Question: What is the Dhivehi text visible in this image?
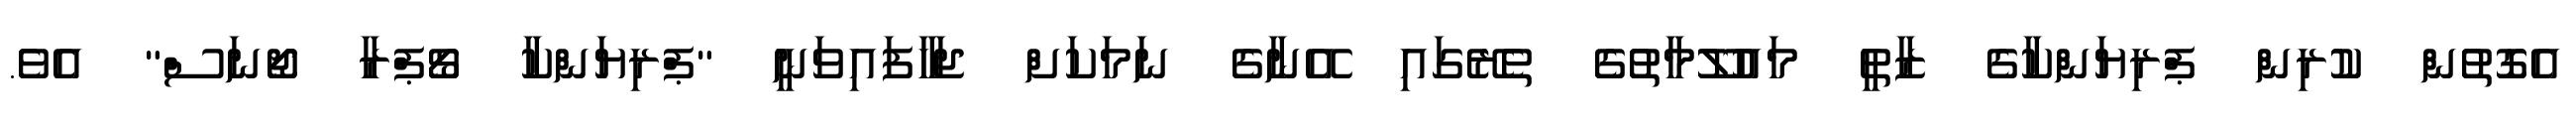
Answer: އެގޮތުން ކުރިން ޕްރިޔަންކާގެ ޒާތީ މައުލޫމާތުގެ ތެރޭގައި އޭނާގެ ނަމަކަށް ޖަހާފައިވަނީ "ޕްރިޔަންކާ ޗޯޕްރާ ޖޯނަސް" އެވެ.